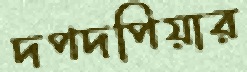
দপদপিয়ার